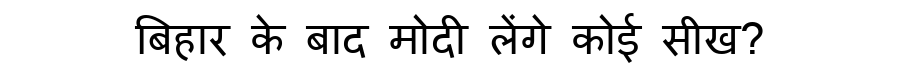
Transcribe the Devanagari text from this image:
बिहार के बाद मोदी लेंगे कोई सीख?